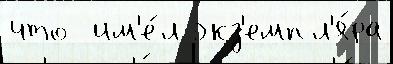
что  им'е́л экз'емпл'я́ра